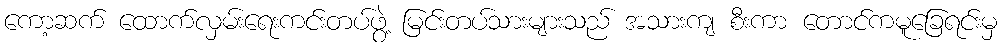
ကော့ဆက် ထောက်လှမ်းရေးကင်းတပ်ဖွဲ့ မြင်းတပ်သားများသည် အသားကျ စီးကာ တောင်ကမူခြေရင်းမှ